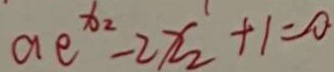
a e ^ { x _ { 2 } } - 2 x _ { 2 } ^ { \prime } + 1 = 0